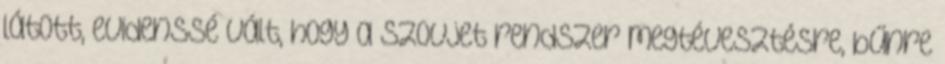
látott, evidenssé vált, hogy a szovjet rendszer megtévesztésre, bűnre